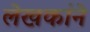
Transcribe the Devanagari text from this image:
लेखकांने